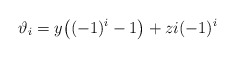
\begin{align*}\vartheta_i = y\big((-1)^i-1\big) + zi(-1)^i\end{align*}